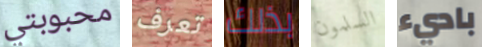
محبوبتي تعرف بذلك السلمون باديء